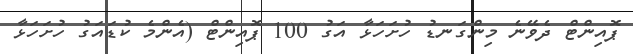
ޕޮއިންޓް ދެވޭނެ މިންގަނޑު ހުށަހަޅާ އަގު 100 ޕޮއިންޓް (އެންމެ ކުޑައަގު ހުށަހަޅާ